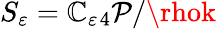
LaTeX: S_{\varepsilon}=\mathbb{C}_{\varepsilon}{}_{4}\mathcal{{P}}/\rhok